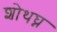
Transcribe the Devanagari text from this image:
शोथघ्न